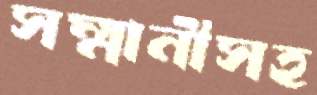
সম্মানীসহ